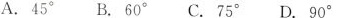
A.45^{\circ} B.60^{\circ} C.75^{\circ} D.90^{\circ}